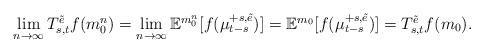
LaTeX: \begin{align*}\begin{array}{l}\lim\limits_{n\rightarrow \infty} T_{s,t}^{\tilde e}f(m_0^n)=\lim\limits_{n\rightarrow \infty}\mathbb{E}^{m_0^n}[f(\mu_{t-s}^{+s,\tilde e})]=\mathbb{E}^{m_0}[f(\mu_{t-s}^{+s,\tilde e})]=T_{s,t}^{\tilde e}f(m_0).\end{array}\end{align*}